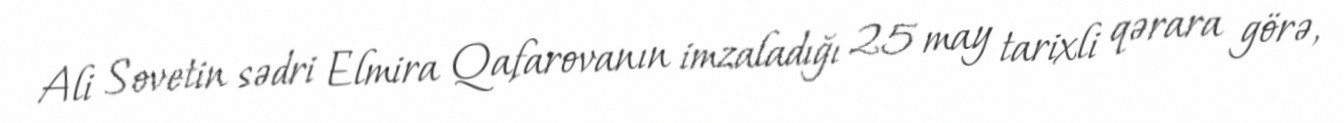
Ali Sovetin sədri Elmira Qafarovanın imzaladığı 25 may tarixli qərara görə,